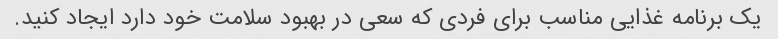
یک برنامه غذایی مناسب برای فردی که سعی در بهبود سلامت خود دارد ایجاد کنید.